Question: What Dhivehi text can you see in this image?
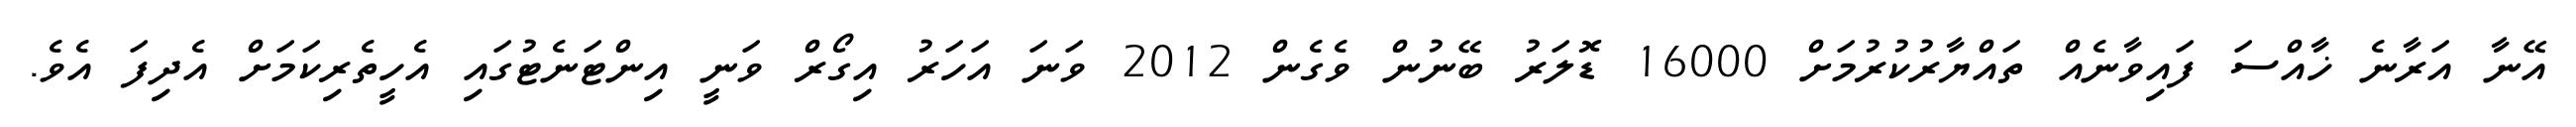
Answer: އޭނާ އަރާނެ ޚާއްސަ ފައިވާނެއް ތައްޔާރުކުރުމަށް 16000 ޑޮލަރު ބޭނުން ވެގެން 2012 ވަނަ އަހަރު އިގޯރް ވަނީ އިންޓަނެޓުގައި އެހީތެރިކަމަށް އެދިފަ އެވެ.